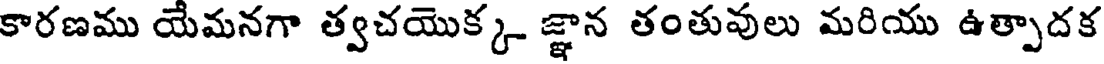
కారణము యేమనగా త్వచయొక్క జ్ఞాన తంతువులు మరియు ఉత్పాదక